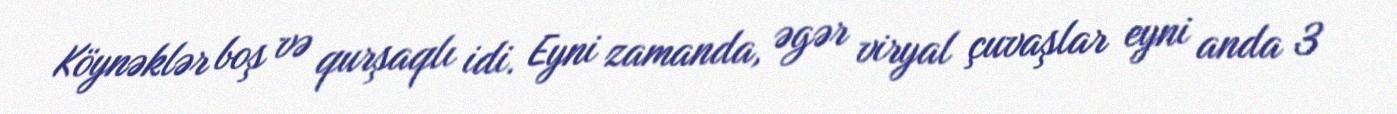
Köynəklər boş və qurşaqlı idi. Eyni zamanda, əgər viryal çuvaşlar eyni anda 3